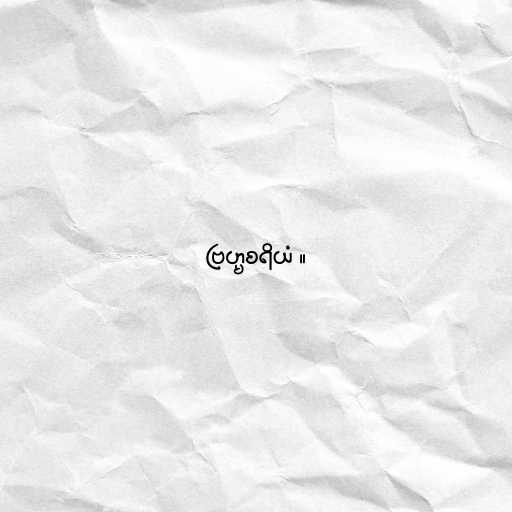
ဗြဟ္မစရိယံ ။